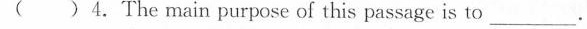
( )4.The main purpose of this passage is to___